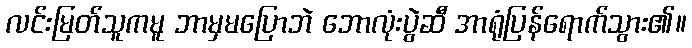
လင်းမြတ်သူကမူ ဘာမှမပြောဘဲ ဘောလုံးပွဲဆီ အာရုံပြန်ရောက်သွား၏။